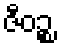
ဇီဝဉ္စ